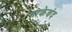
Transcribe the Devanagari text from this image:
नाकेबंद